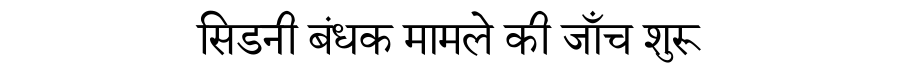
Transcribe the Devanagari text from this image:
सिडनी बंधक मामले की जाँच शुरू